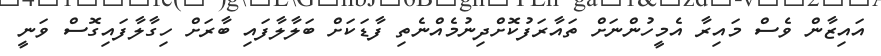
އައިޒާން ވެސް މައިރާ އެމީހުންނަށް ތައާރަފުކޮށްދިނުމެއްނެތި ފާޑަކަށް ބަލާލާފައި ބާރަށް ހިގާލާފައިގޮސް ވަނީ